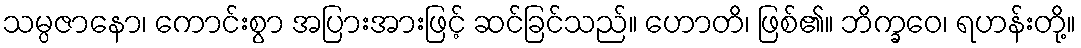
သမ္ပဇာနော၊ ကောင်းစွာ အပြားအားဖြင့် ဆင်ခြင်သည်။ ဟောတိ၊ ဖြစ်၏။ ဘိက္ခဝေ၊ ရဟန်းတို့။